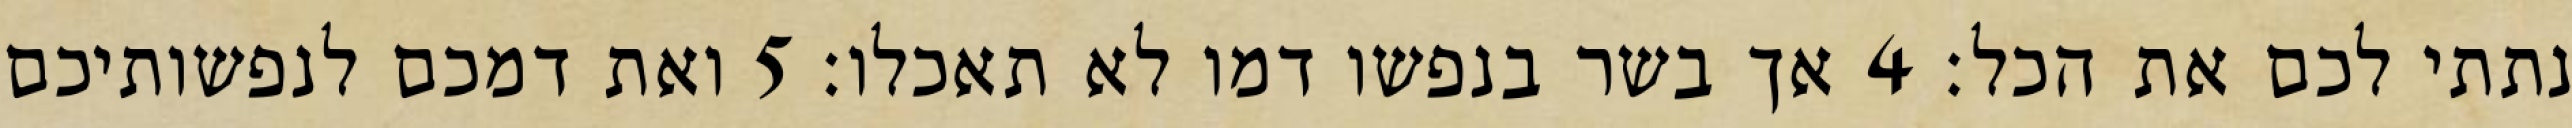
נתתי לכם את הכל׃ ‎4‏ אך בשר בנפשו דמו לא תאכלו׃ ‎5‏ ואת דמכם לנפשותיכם